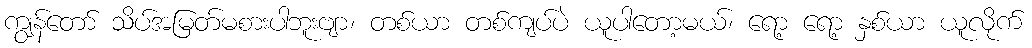
ကျွန်တော် သိပ်အမြတ်မစားပါဘူးဗျာ၊ တစ်ယာ တစ်ကျပ်ပဲ ယူပါတော့မယ်၊ ရော့ ရော့ နှစ်ယာ ယူလိုက်